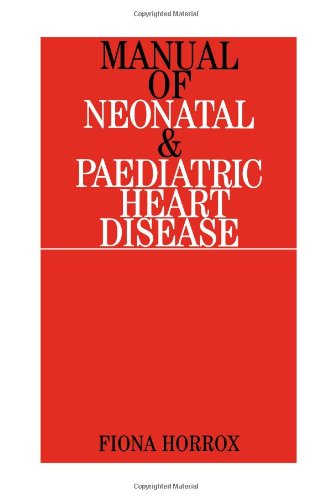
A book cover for Manual of Neonatal and Paediatric Heart Disease; Fiona Horrox; Medical Books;